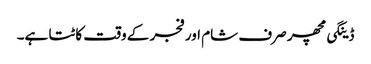
ڈینگی مچھر صرف شام اور فجر کے وقت کاٹتا ہے۔